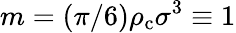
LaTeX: m=(\pi/6)\rho_{\mathrm{c}}\sigma^{3}\equiv 1